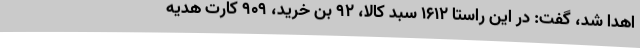
اهدا شد، گفت: در این راستا 1612 سبد کالا، 92 بن خرید، 909 کارت هدیه